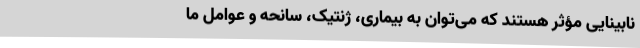
نابینایی مؤثر هستند که می‌توان به بیماری، ژنتیک، سانحه و عوامل ما